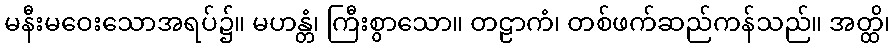
မနီးမဝေးသောအရပ်၌။ မဟန္တံ၊ ကြီးစွာသော။ တဠာကံ၊ တစ်ဖက်ဆည်ကန်သည်။ အတ္ထိ၊